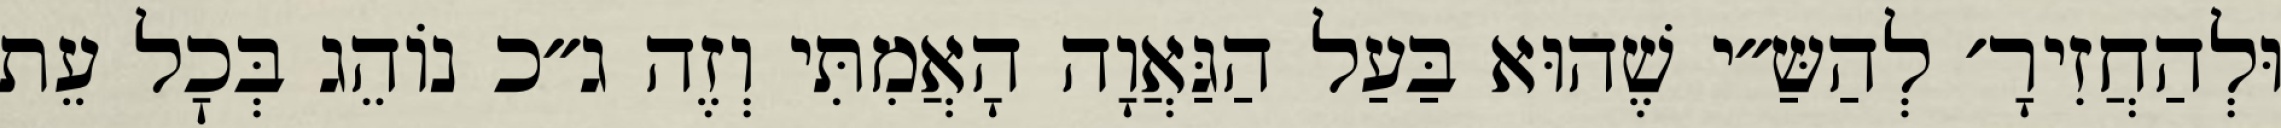
וּלְהַחֲזִירָ׳ לְהַשַּ״י שֶׁהוּא בַּעַל הַגַּאֲוָה הָאֲמִתִּי וְזֶה ג״כ נוֹהֵג בְּכׇל עֵת